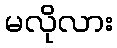
မလိုလား